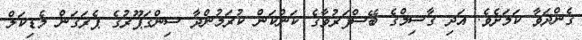
ގެންދަވާ ކަމަށެވެ. އަދި ގާސިމްގެ ބޭސްފަރުވާގެ ކަންކަން ކުރަމުންދާ ސިންގަޕޫރުގެ ޕެރަގަން މެޑިކަލް